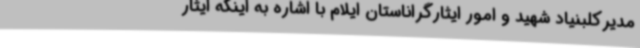
مدیرکلبنیاد شهید و امور ایثارگراناستان ایلام با اشاره به اینکه ایثار